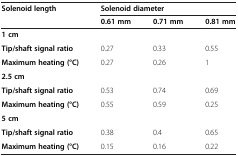
<table><thead><tr><td><b>Solenoid length</b></td><td colspan="3"><b>Solenoid diameter</b></td></tr><tr><td><b> </b></td><td><b>0.61 mm</b></td><td><b>0.71 mm</b></td><td><b>0.81 mm</b></td></tr></thead><tbody><tr><td><b>1 cm</b></td><td> </td><td> </td><td> </td></tr><tr><td><b>Tip/shaft signal ratio</b></td><td>0.27</td><td>0.33</td><td>0.55</td></tr><tr><td><b>Maximum heating (°C)</b></td><td>0.27</td><td>0.26</td><td>1</td></tr><tr><td><b>2.5 cm</b></td><td> </td><td> </td><td> </td></tr><tr><td><b>Tip/shaft signal ratio</b></td><td>0.53</td><td>0.74</td><td>0.69</td></tr><tr><td><b>Maximum heating (°C)</b></td><td>0.55</td><td>0.59</td><td>0.25</td></tr><tr><td><b>5 cm</b></td><td> </td><td> </td><td> </td></tr><tr><td><b>Tip/shaft signal ratio</b></td><td>0.38</td><td>0.4</td><td>0.65</td></tr><tr><td><b>Maximum heating (°C)</b></td><td>0.15</td><td>0.16</td><td>0.22</td></tr></tbody></table>